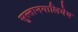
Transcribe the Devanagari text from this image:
सुल्तानगालियेव